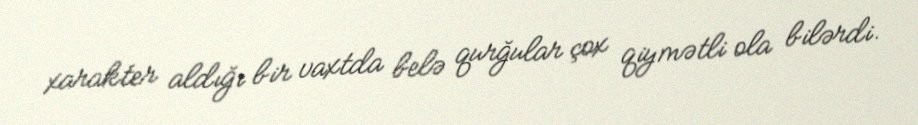
xarakter aldığı bir vaxtda belə qurğular çox qiymətli ola bilərdi.